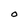
Character: 0